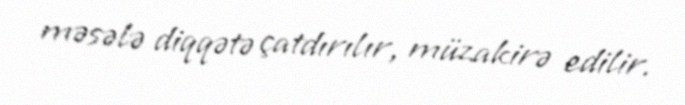
məsələ diqqətə çatdırılır, müzakirə edilir.